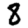
Digit: 8